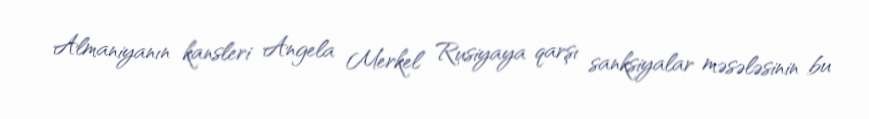
Almaniyanın kansleri Angela Merkel Rusiyaya qarşı sanksiyalar məsələsinin bu